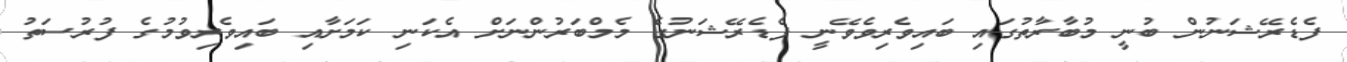
ފެޑެރޭޝަނުން ބުނީ މުބާރާތުގައި ބައިވެރިވެވޭނީ ފެޑެރޭޝަނުގެ މެމްބަރުންނަށް އެކަނި ކަމަށާއި ބައިވެރިވުމުގެ ފުރުސަތު